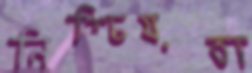
নিশ্চিয়তা